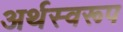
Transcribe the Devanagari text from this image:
अर्थस्वरूप